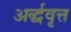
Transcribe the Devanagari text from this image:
अर्द्धवृत्त